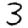
Digit: 3